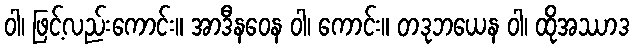
ဝါ၊ ဖြင့်လည်းကောင်း။ အာဒီနဝေန ဝါ၊ ကောင်း။ တဒုဘယေန ဝါ၊ ထိုအဿာဒ